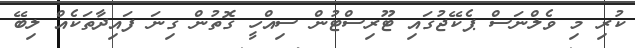
ކުރި މި ވެލްނަސް ޕެކޭޖުގައި ޓޫރިސްޓުން ސިއްހީ ގޮތުން ގިނަ ފައިދާތަކެއް ލިބޭ